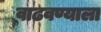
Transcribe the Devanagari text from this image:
वाढवण्याला